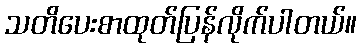
သတိပေးစာထုတ်ပြန်လိုက်ပါတယ်။